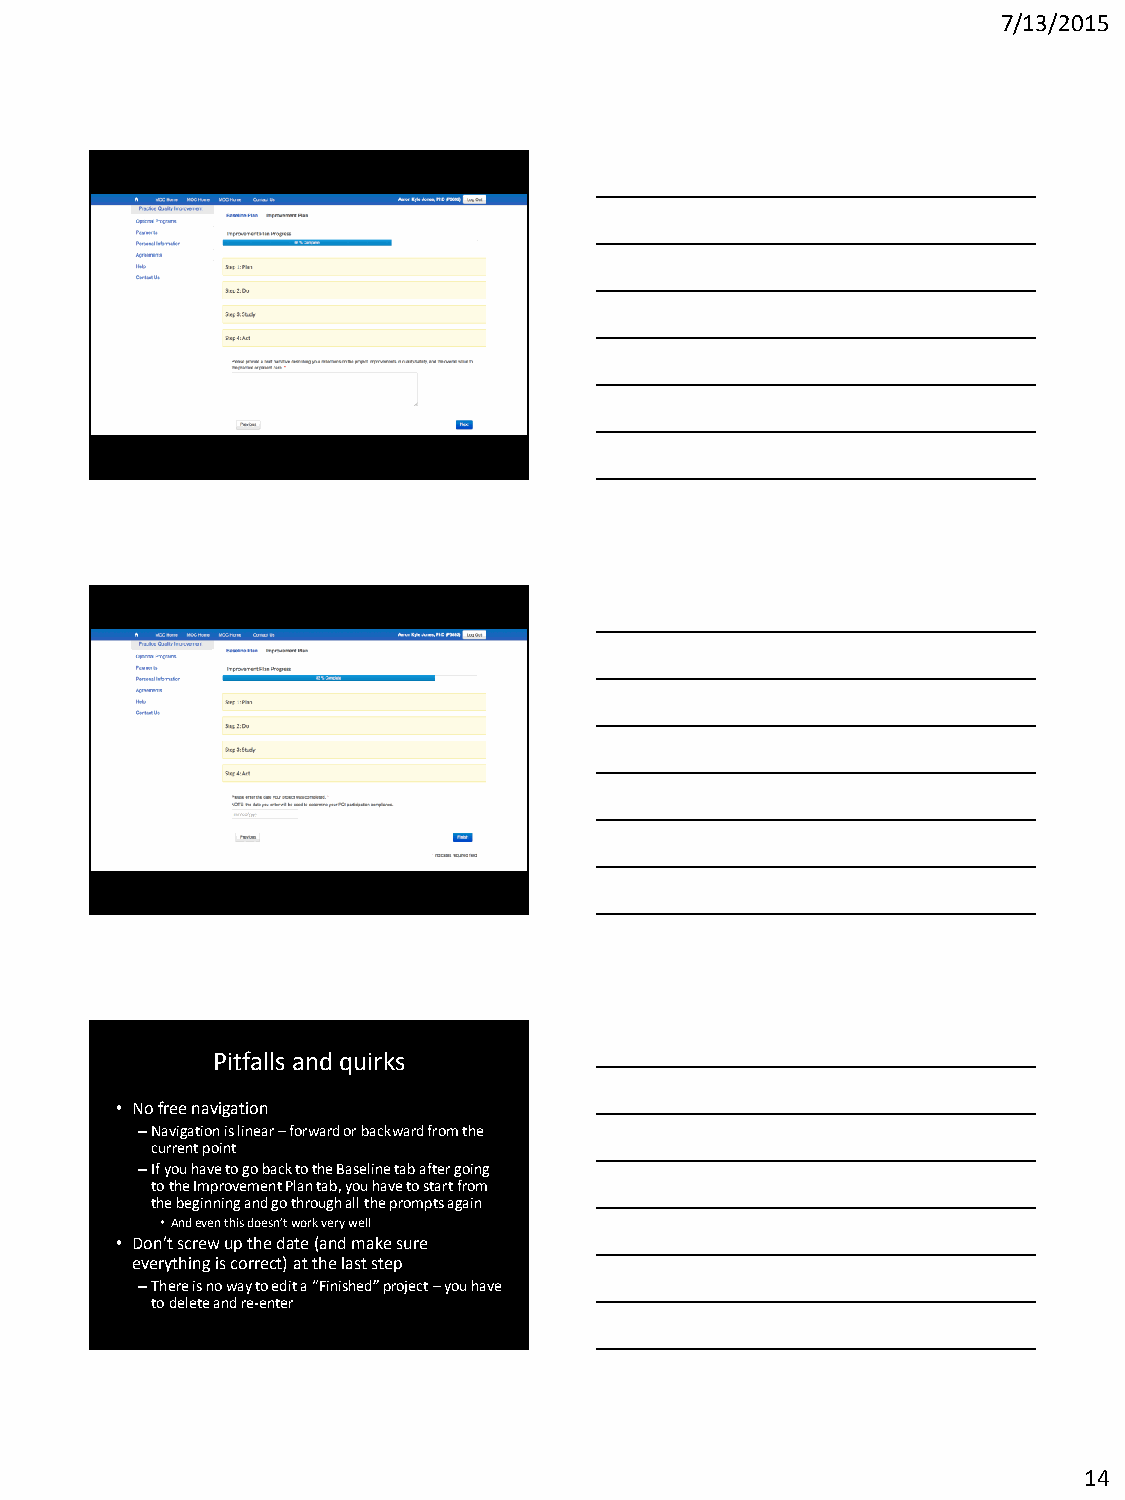
7/13/2015
 Pitfalls and quirks
 • No free navigation
 –Navigation is linear – forward or backward from the
 current point
 –If you have to go back to the Baseline tab after going
 to the Improvement Plan tab, you have to start from
 the beginning and go through all the prompts again
 • And even this doesn’t work very well
 • Don’t screw up the date (and make sure
 everything is correct) at the last step
 –There is no way to edit a “Finished” project – you have
 to delete and re-enter
 14